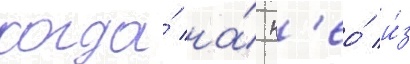
когда́ на́ н'ео́ и́з